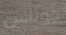
جوناس